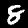
Digit: 8